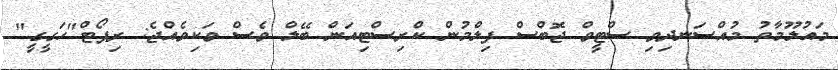
މައުލޫމާތު މުއްސަނދިވި ސްޓީވް ޖޮބްސް ފިލްމުން ކްރިސްޓިއަން ބޭލް ވެސް ވަކިވެއްޖެ: ރިޕޯޓް"ހަގީގީ"